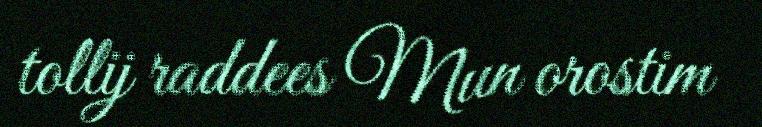
tollij raddees Mun orostim